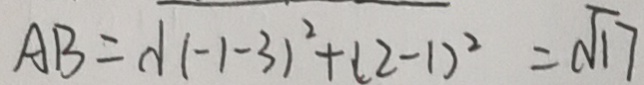
A B = \sqrt { ( - 1 - 3 ) ^ { 2 } + ( 2 - 1 ) ^ { 2 } } = \sqrt { 1 7 }